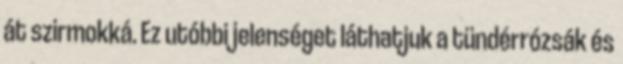
át szirmokká. Ez utóbbi jelenséget láthatjuk a tündérrózsák és